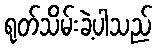
ရုတ်သိမ်းခဲ့ပါသည်